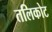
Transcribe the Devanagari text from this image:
तलिकोट